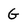
Character: G